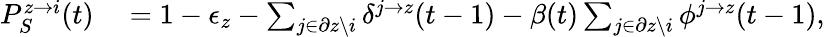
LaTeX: \begin{array}{rl}{P_{S}^{z\rightarrow i}(t)}&{{}=1-\epsilon_{z}-\sum_{j\in\partial z\backslash i}\delta^{j\rightarrow z}(t-1)-\beta(t)\sum_{j\in\partial z\backslash i}{\phi^{j\rightarrow z}(t-1)},}\end{array}